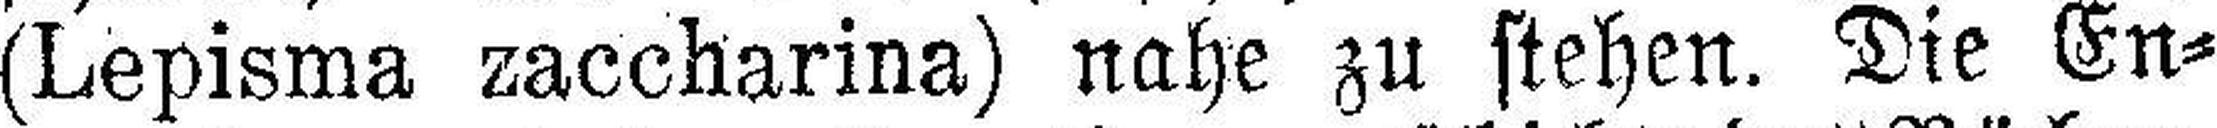
(Lepisma zaccharina) nahe zu stehen. Die En¬